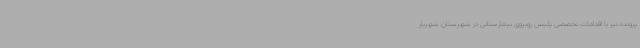
پرونده نیز با اقدامات تخصصی پلیس روبروی بیمارستانی در شهرستان شهریار